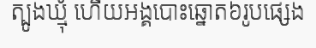
ត្បូងឃ្មុំ ហើយអង្គបោះឆ្នោត៦រូបផ្សេង